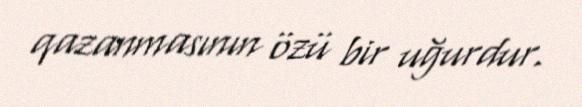
qazanmasının özü bir uğurdur.